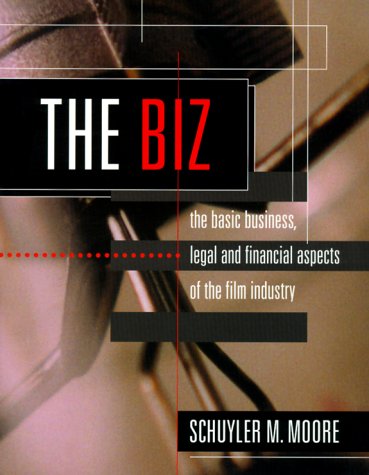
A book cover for The Biz: The Basic Business, Legal and Financial Aspects of the Film Industry; Schuyler M. Moore; Law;